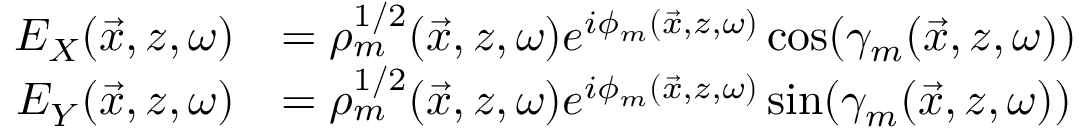
\begin{array} { r l } { E _ { X } ( \vec { x } , z , \omega ) } & { = \rho _ { m } ^ { 1 / 2 } ( \vec { x } , z , \omega ) e ^ { i \phi _ { m } ( \vec { x } , z , \omega ) } \cos ( \gamma _ { m } ( \vec { x } , z , \omega ) ) } \\ { E _ { Y } ( \vec { x } , z , \omega ) } & { = \rho _ { m } ^ { 1 / 2 } ( \vec { x } , z , \omega ) e ^ { i \phi _ { m } ( \vec { x } , z , \omega ) } \sin ( \gamma _ { m } ( \vec { x } , z , \omega ) ) } \end{array}